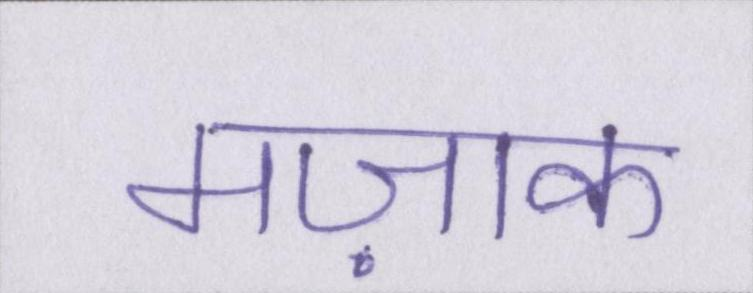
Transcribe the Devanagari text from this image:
मज़ाक